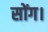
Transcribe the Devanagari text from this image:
सोंग।